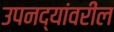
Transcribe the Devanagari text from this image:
उपनद्यांवरील